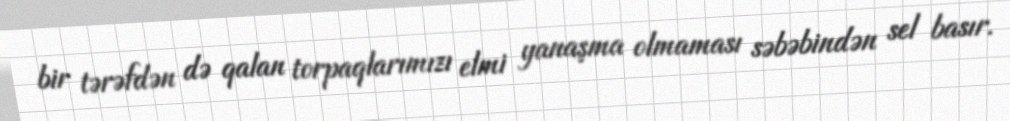
bir tərəfdən də qalan torpaqlarımızı elmi yanaşma olmaması səbəbindən sel basır.